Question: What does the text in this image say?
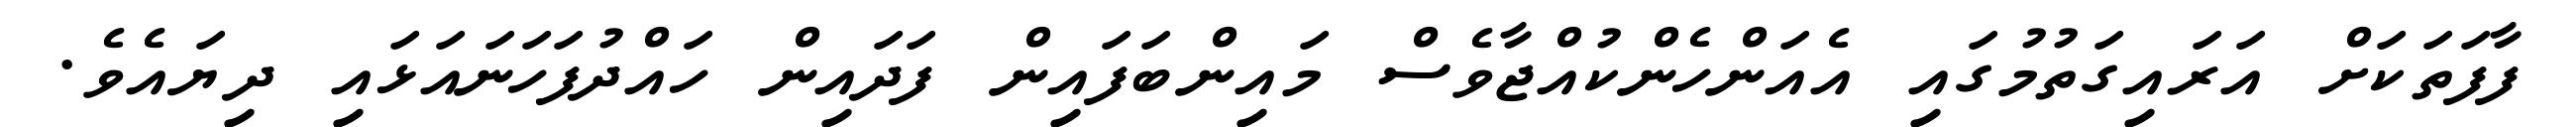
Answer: ފާފަތަކަށް އަރައިގަތުމުގައި އެއަންހެންކުއްޖާވެސް މައިންބަފައިން ފަދައިން ހައްދުފަހަނައަޅައި ދިޔައެވެ.